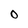
Character: O